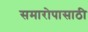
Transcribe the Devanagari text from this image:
समारोपासाठी